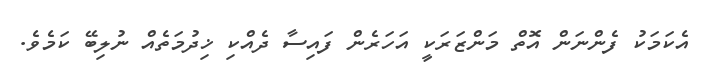
އެކަމަކު ފެންނަން އޮތް މަންޒަރަކީ އަހަރެން ފައިސާ ދެއްކި ޚިދުމަތެއް ނުލިބޭ ކަމެވެ.